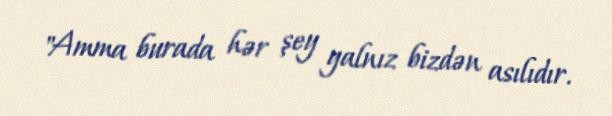
"Amma burada hər şey yalnız bizdən asılıdır.